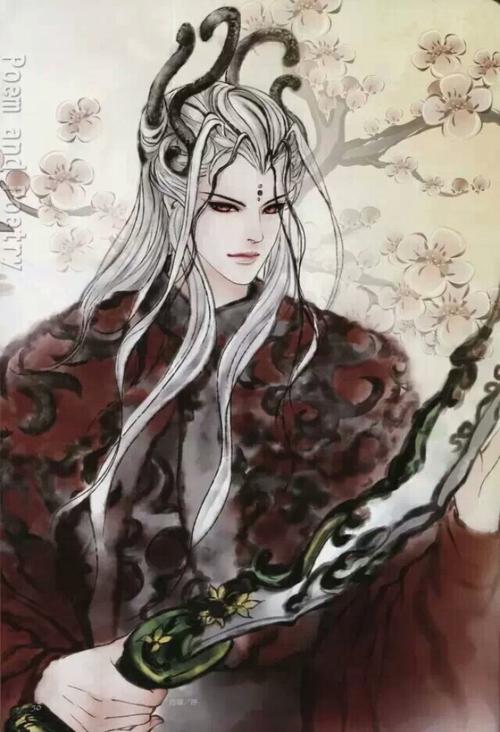
枫树夜猿愁自断，女萝山鬼语相邀。